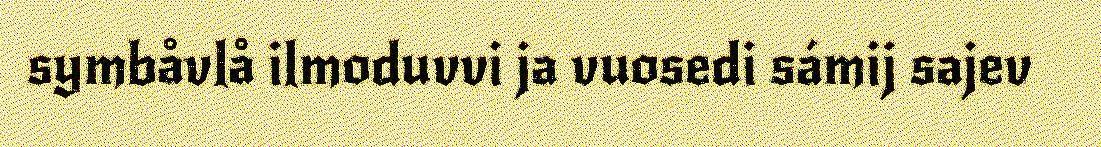
symbåvlå ilmoduvvi ja vuosedi sámij sajev